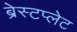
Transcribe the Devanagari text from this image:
ब्रेस्टप्लेट